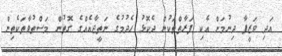
އަދި ވަޒީފާ ދިނުމަށް އެކި ފަރާތްތަކުން ދެކޮޅު ހެދުމުގެ ނަތީޖާއެއްގެ ގޮތުން މަސްތުވާތަކެތިން